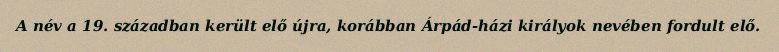
A név a 19. században került elő újra, korábban Árpád-házi királyok nevében fordult elő.